Annual report on the Civil Veterinary Department, Burma (including the Insein Veterinary School) - 1932-1941
Year: 1932
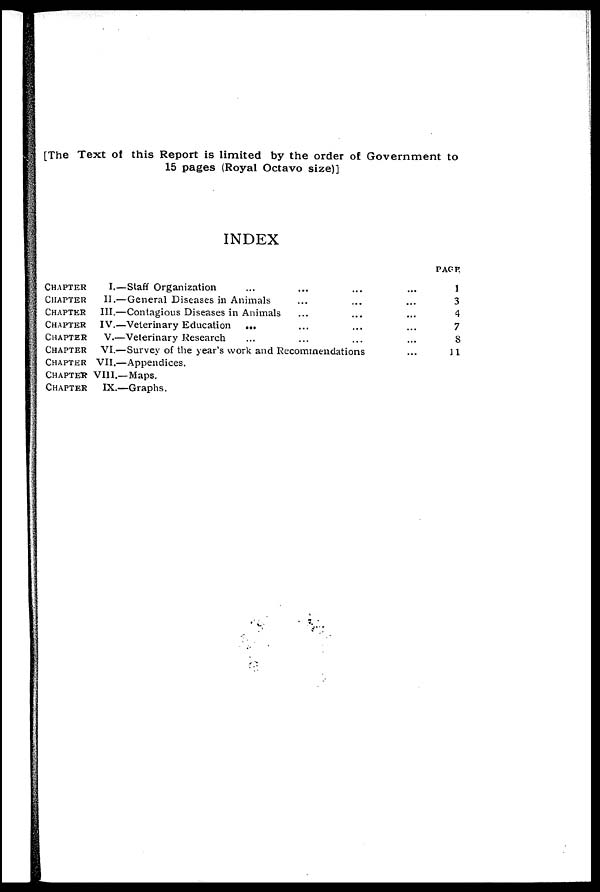
[The Text of this Report is limited by the order of Government to
15 pages (Royal Octavo size)]
INDEX
CHAPTER
CHAPTER
CHAPTER
CHAPTER
CHAPTER
CHAPTER
CHAPTER
CHAPTER
CHAPTER
I.—Staff Organization
...
II.—General Diseases in Animals
III.—Contagious Diseases in Animals
IV.—Veterinary Education
V.—Veterinary Research
...
...
...
...
...
...
...
...
...
...
...
...
VI.—Survey of the year's work and Recommendations
VII.—Appendices.
VIII.—Maps.
IX.—Graphs.
...
...
...
...
...
...
PACK
1
3
4
7
8
11